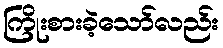
ကြိုးစားခဲ့သော်လည်း